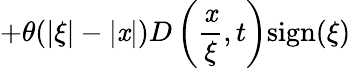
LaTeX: +\theta(|\xi|-|\mathit{x}|)D\left(\frac{{\mathit{x}}}{{\xi}},t\right)\mathrm{{sign}}(\xi)